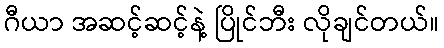
ဂီယာ အဆင့်ဆင့်နဲ့ ပြိုင်ဘီး လိုချင်တယ်။